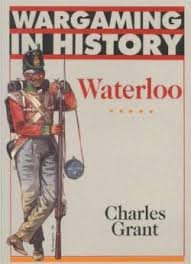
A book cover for Waterloo (Wargaming in History); Charles Grant; Science Fiction & Fantasy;